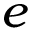
e